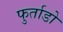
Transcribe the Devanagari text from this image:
फुर्ताडो